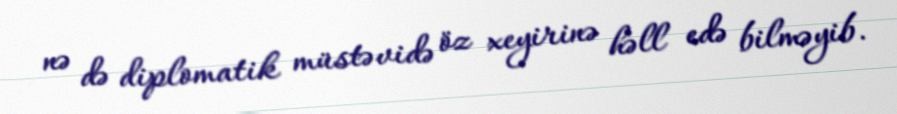
nə də diplomatik müstəvidə öz xeyirinə həll edə bilməyib.